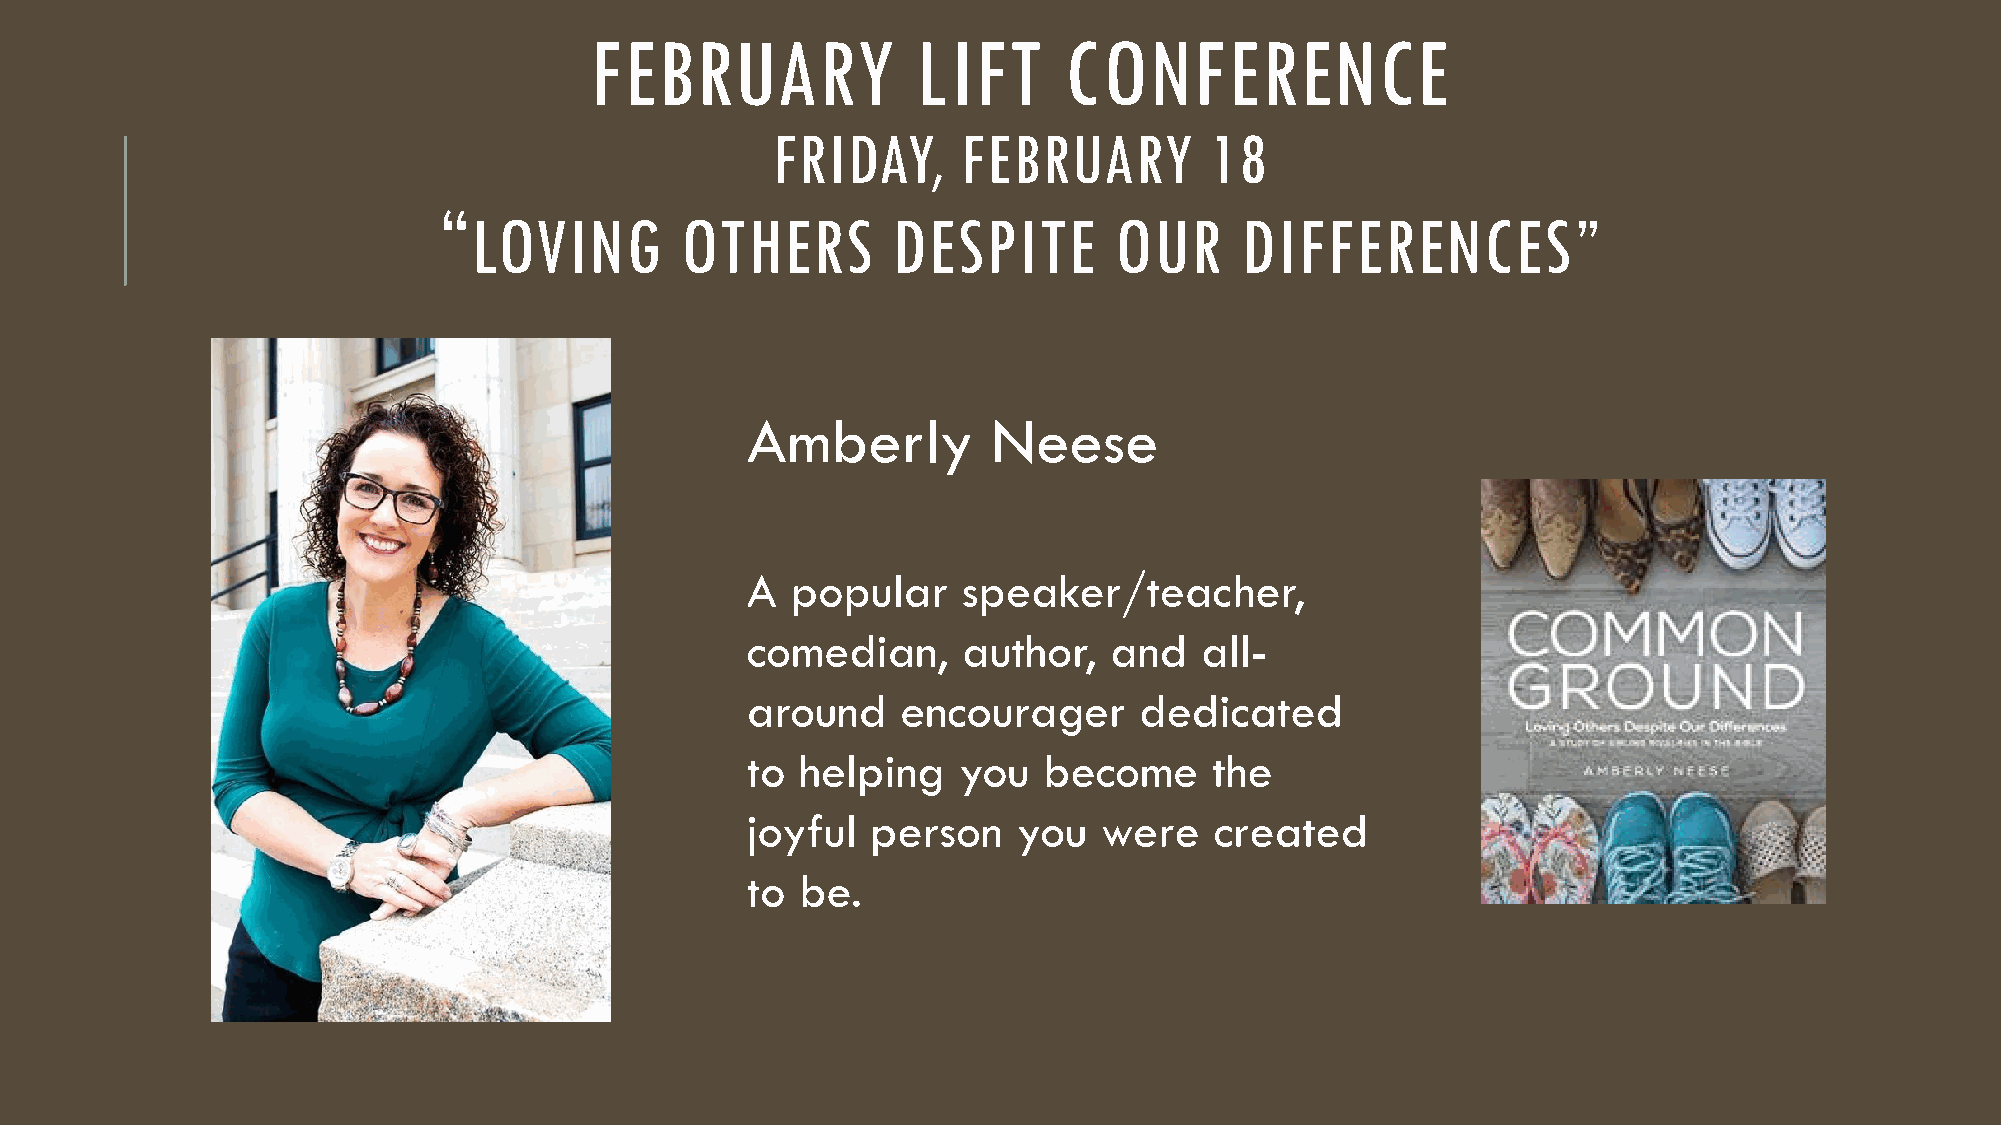
FEBRUARY              LIFT     CONFERENCE
 FRIDAY,      FEBRUARY        18
 “
 LOVING        OTHERS        DESPITE        OUR     DIFFERENCES”
 Amberly          Neese
 A  popular     speaker/teacher,
 comedian,      author,  and   all-
 around     encourager     dedicated
 to  helping   you   become     the
 joyful   person   you   were   created
 to  be.